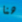
هنا